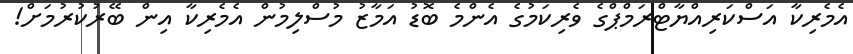
އެމެރިކާ އަސްކަރިއްޔާޓްރަމްޕްގެ ވެރިކަމުގެ އެންމެ ބޮޑު އަމާޒު މުސްލިމުން އެމެރިކާ އިން ބޭރުކުރުމަށް!